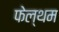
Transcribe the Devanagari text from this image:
फेल्थम